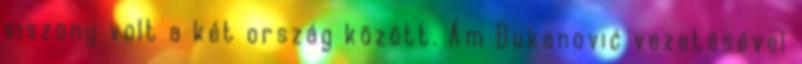
viszony volt a két ország között. Ám Đukanović vezetésével